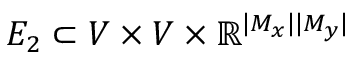
E _ { 2 } \subset V \times V \times \mathbb { R } ^ { | M _ { x } | | M _ { y } | }